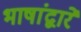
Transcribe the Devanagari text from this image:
भाषांद्वारे